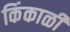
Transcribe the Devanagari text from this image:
किंकाळी